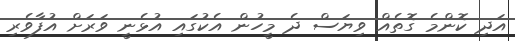
އަދި ކޮންމެ ގޮތެއް ވިޔަސް ދެ މީހުން އެކުގައި އުޅެނީ ވަރަށް އުފާވެރި